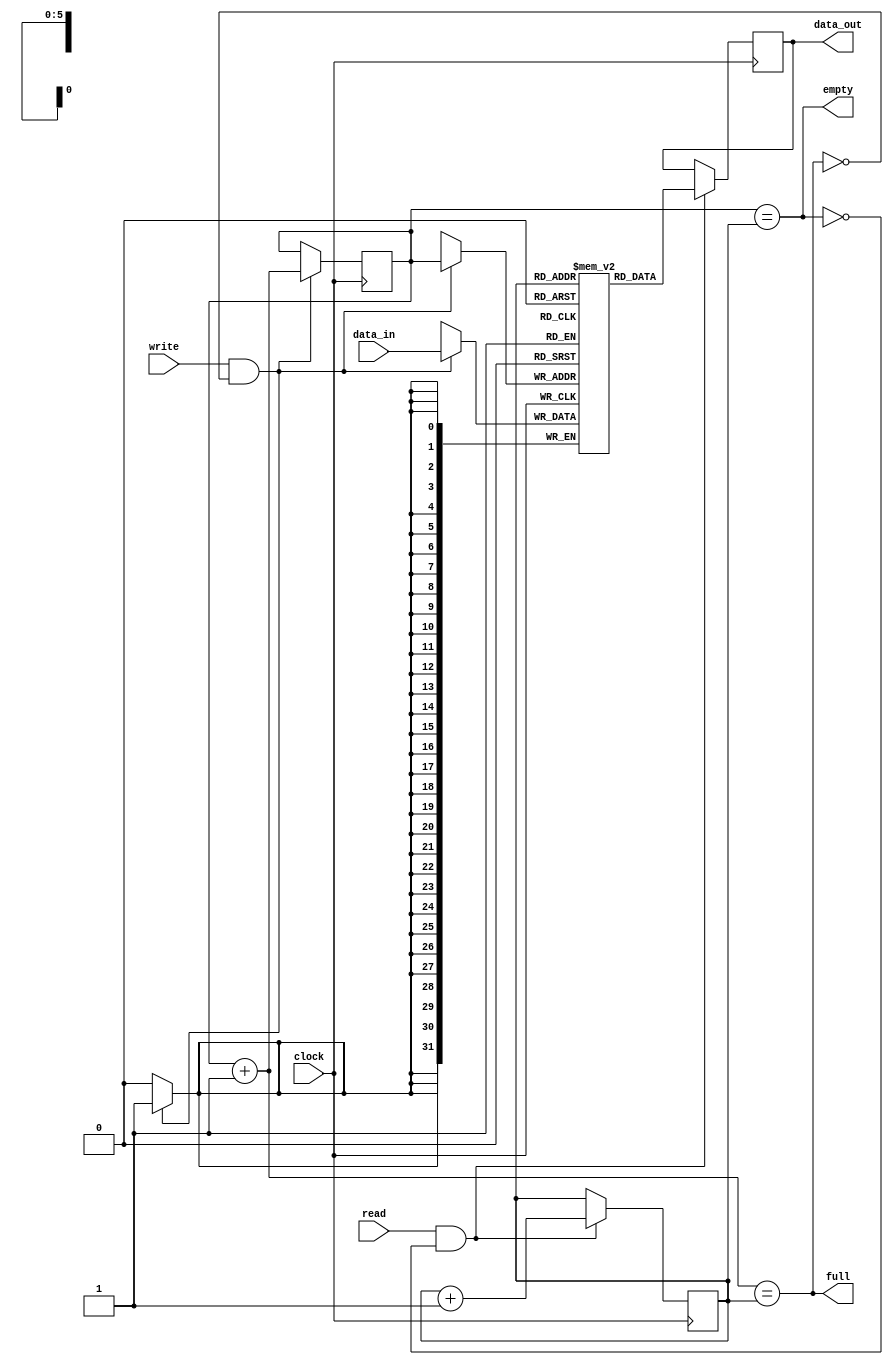
module Queue
    #(parameter WIDTH = 32, LEN_NBITS = 6)
(
    input clock,

    input read,
    input write,

    input [WIDTH - 1:0] data_in,

    output full,
    output empty,

    output [WIDTH - 1:0] data_out
);

    reg [WIDTH - 1:0] data[0:(1 << LEN_NBITS) - 1];
    reg [WIDTH - 1:0] fetch;

    reg [LEN_NBITS - 1:0] write_ptr;
    reg [LEN_NBITS - 1:0] read_ptr;

    wire [LEN_NBITS - 1:0] one_ext;
    assign one_ext = { { (LEN_NBITS - 1){ 1'b0 } }, 1'b1 };

    initial begin
        write_ptr = 0;
        read_ptr = 0;
    end

    assign empty = write_ptr == read_ptr;
    assign full = write_ptr + one_ext == read_ptr;

    always @(posedge clock) begin
        if (write && !full) begin
            data[write_ptr] <= data_in;
            write_ptr <= write_ptr + one_ext;
        end

        if (read && !empty) begin
            fetch <= data[read_ptr];
            read_ptr <= read_ptr + one_ext;
        end
    end

    assign data_out = fetch;

endmodule